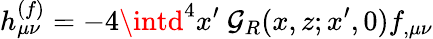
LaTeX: h_{\mu\nu}^{(f)}=-4\intd^{4}x^{\prime}~\mathcal{G}_{R}(x,z;x^{\prime},0)f_{,\mu\nu}